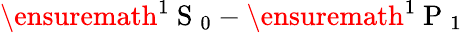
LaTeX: \ensuremath{{^1\mathrm{~S~}_{0}}}-\ensuremath{{^1\mathrm{~P~}_{1}}}